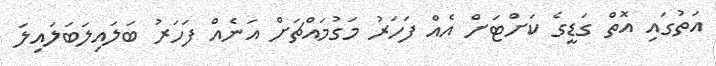
އަތުގައި އޮތް ގަޑީގެ ކަށްޓަށް އެއް ފަހަރު މަގުމައްޗަށް އަނެއް ފަހަރު ބަލައިލަބަލައިލަ